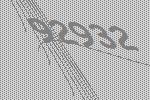
92932